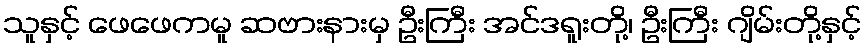
သူနှင့် ဖေဖေကမူ ဆဗားနားမှ ဦးကြီး အင်ဒရူးတို့၊ ဦးကြီး ဂျိမ်းတို့နှင့်